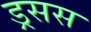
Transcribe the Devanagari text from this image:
ड्रसस